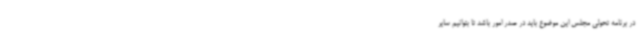
در برنامه تحولی مجلس این موضوع باید در صدر امور باشد تا بتوانیم سایر